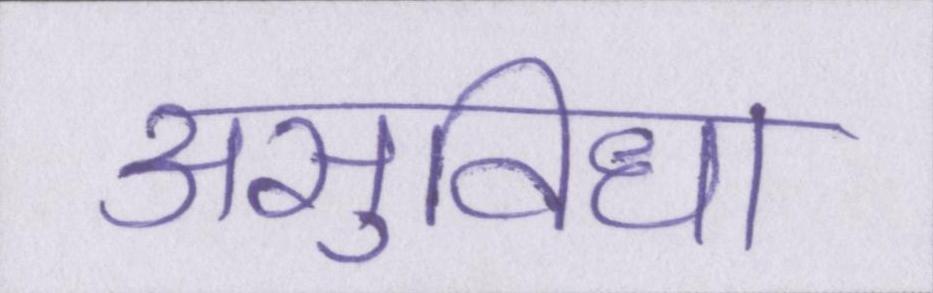
असुविधा